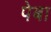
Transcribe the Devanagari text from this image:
पेबा